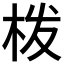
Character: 𭩰